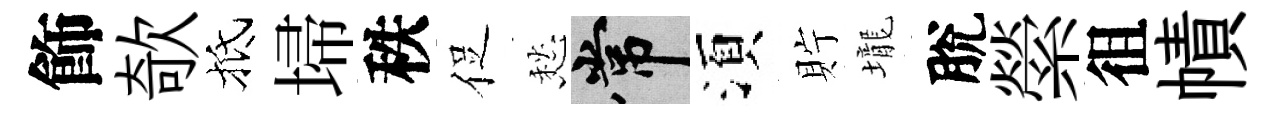
飾欹抵埽秩促愁常湏貯壠脫縈徂幘